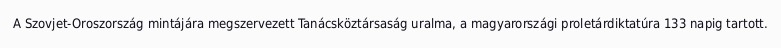
A Szovjet-Oroszország mintájára megszervezett Tanácsköztársaság uralma, a magyarországi proletárdiktatúra 133 napig tartott.